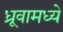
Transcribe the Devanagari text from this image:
ध्रूवामध्ये